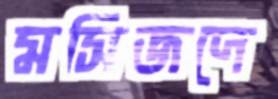
মসিজদে